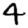
Digit: 4